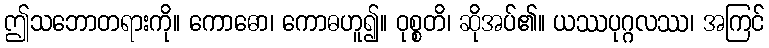
ဤသဘောတရားကို။ ကောဓော၊ ကောဓဟူ၍။ ဝုစ္စတိ၊ ဆိုအပ်၏။ ယဿပုဂ္ဂလဿ၊ အကြင်